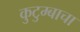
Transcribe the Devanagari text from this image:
कुटुम्बाचा